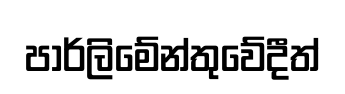
පාර්ලිමේන්තුවේදීත්